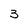
Character: 3